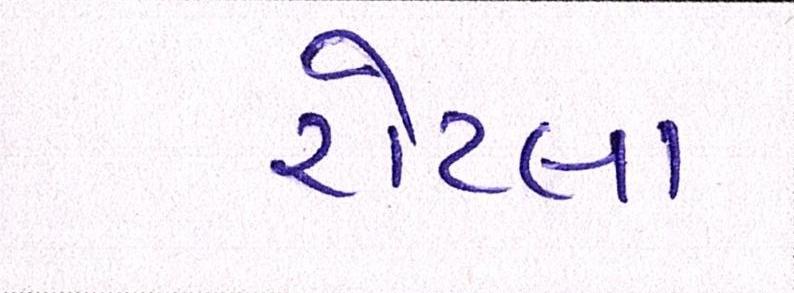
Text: રોટલા